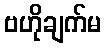
ဗဟိုချက်မ